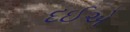
દઈએ